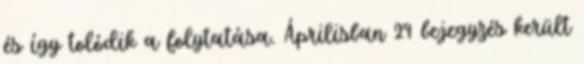
és így tolódik a folytatása. Áprilisban 29 bejegyzés került